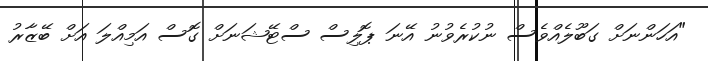
"އަހަންނަށް ގަބޫލެއްވެސް ނުކުރެވުނު އޭނަ ޕޮލިސް ސްޓޭޝަނަށް ގޮސް އަމިއްލަ އަށް ބޭޒާރު